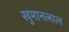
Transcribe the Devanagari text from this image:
खुमानलाल